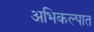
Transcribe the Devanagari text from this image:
अभिकल्पात